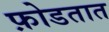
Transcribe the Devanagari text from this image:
फ़ोडतात